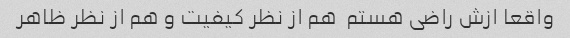
واقعا ازش راضی هستم  هم از نظر کیفیت و هم از نظر ظاهر